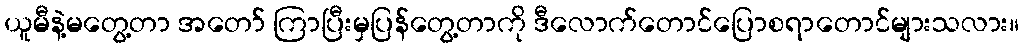
ယူမီနဲ့မတွေ့တာ အတော် ကြာပြီးမှပြန်တွေ့တာကို ဒီလောက်တောင်ပြောစရာတောင်များသလား။